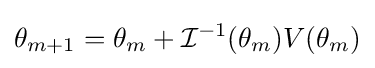
\theta _{m+1}=\theta _{m}+{\mathcal {I}}^{-1}(\theta _{m})V(\theta _{m})